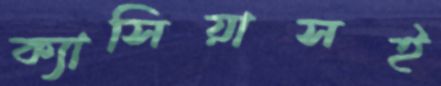
ক্যাসিয়াসই